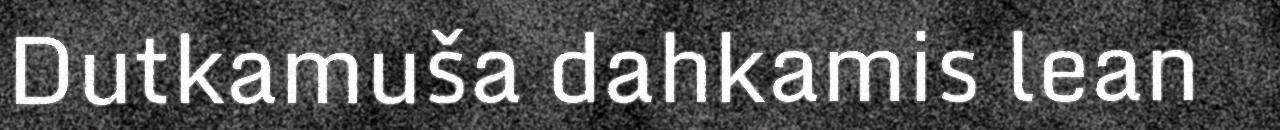
Dutkamuša dahkamis lean